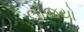
લીજયો